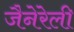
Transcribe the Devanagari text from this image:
जैनेरेली